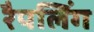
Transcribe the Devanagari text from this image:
रैपलिंग